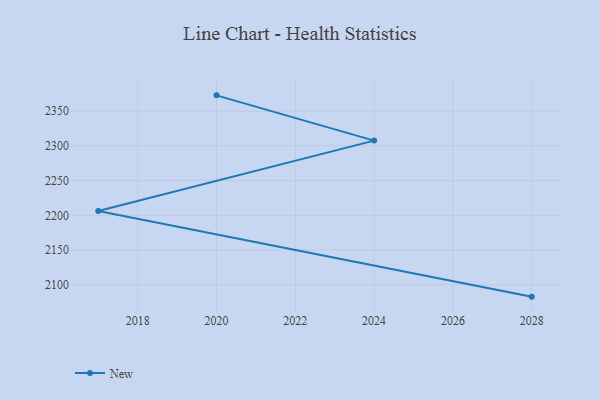
{"axis": {"x": "Year", "y": "Active Users"}, "legend": ["New"], "data": [{"x": "2020", "y": 2372.8, "type": "New"}, {"x": "2024", "y": 2307.6, "type": "New"}, {"x": "2017", "y": 2206.3, "type": "New"}, {"x": "2028", "y": 2082.8, "type": "New"}]}